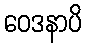
ဝေဒနာပိ